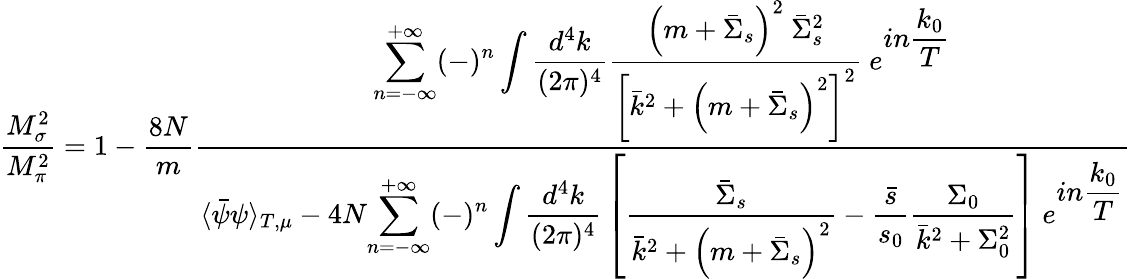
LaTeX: {\frac{M_{\sigma}^{2}}{M_{\pi}^{2}}}=1-{\frac{8N}{m}}{\frac{\displaystyle{\sum_{n=-\infty}^{+\infty}(-)^{n}\int{\frac{d^{4}k}{(2\pi)^{4}}}{\frac{\left(m+{\bar{\Sigma}}_{s}\right)^{2}~{\bar{\Sigma}}_{s}^{2}}{\left[{\bar{k}}^{2}+\left(m+{\bar{\Sigma}}_{s}\right)^{2}\right]^{2}}}}~e^{\displaystyle{in{\frac{k_{0}}{T}}}}}{\langle{\bar{\psi}}\psi\rangle_{T,\mu}-4N\displaystyle{\sum_{n=-\infty}^{+\infty}(-)^{n}\int{\frac{d^{4}k}{(2\pi)^{4}}}\left[{\frac{{\bar{\Sigma}}_{s}}{{\bar{k}}^{2}+\left(m+{\bar{\Sigma}}_{s}\right)^{2}}}-{\frac{\bar{s}}{s_{0}}}{\frac{\Sigma_{0}}{{\bar{k}}^{2}+\Sigma_{0}^{2}}}\right]}~e^{\displaystyle{in{\frac{k_{0}}{T}}}}}}